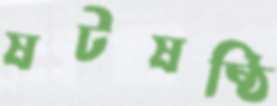
ষটষষ্ঠি